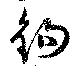
鉤